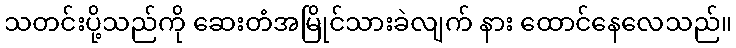
သတင်းပို့သည်ကို ဆေးတံအမြိုင်သားခဲလျက် နား ထောင်နေလေသည်။